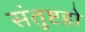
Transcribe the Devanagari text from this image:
संतुष्टहो